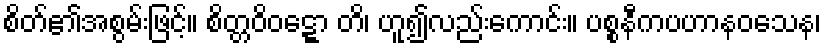
စိတ်၏အစွမ်းဖြင့်။ စိတ္တဝိဝဋ္ဋော တိ၊ ဟူ၍လည်းကောင်း။ ပစ္စနီကပဟာနဝသေန၊